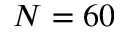
N = 6 0